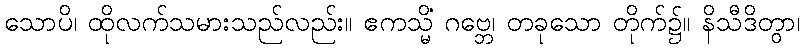
သောပိ၊ ထိုလက်သမားသည်လည်း။ ဧကသ္မိံ ဂဗ္ဘေ၊ တခုသော တိုက်၌။ နိသီဒိတွာ၊